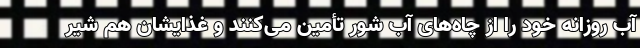
آب روزانه خود را از چاه‌های آب شور تأمین می‌کنند و غذایشان هم شیر